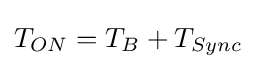
T_{ON}=T_{B}+T_{Sync}